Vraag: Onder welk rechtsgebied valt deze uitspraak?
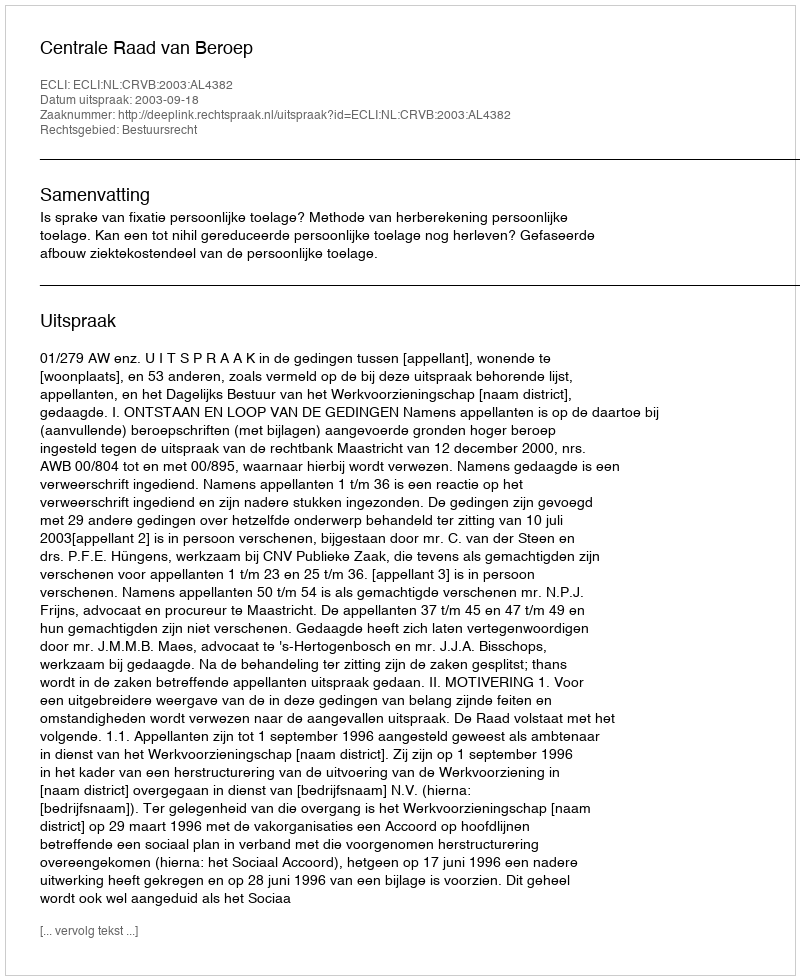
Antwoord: Bestuursrecht